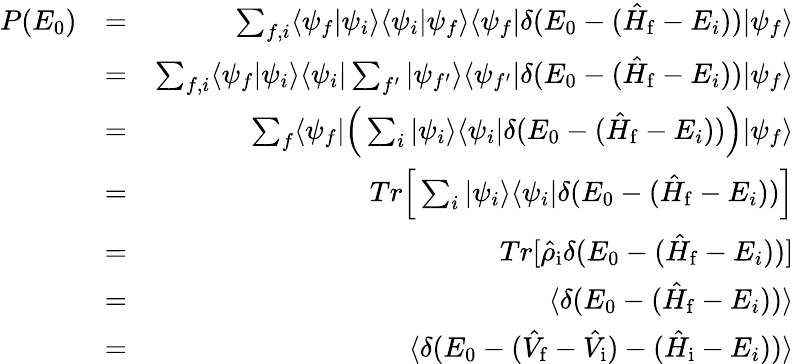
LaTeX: \begin{array}{rlr}{P(E_{0})}&{=}&{\sum_{f,i}\langle\psi_{f}|\psi_{i}\rangle\langle\psi_{i}|\psi_{f}\rangle\langle\psi_{f}|\delta(E_{0}-(\hat{H}_{\mathrm{f}}-E_{i}))|\psi_{f}\rangle}\\ &{=}&{\sum_{f,i}\langle\psi_{f}|\psi_{i}\rangle\langle\psi_{i}|\sum_{f^{\prime}}|\psi_{f^{\prime}}\rangle\langle\psi_{f^{\prime}}|\delta(E_{0}-(\hat{H}_{\mathrm{f}}-E_{i}))|\psi_{f}\rangle}\\ &{=}&{\sum_{f}\langle\psi_{f}|\Big(\sum_{i}|\psi_{i}\rangle\langle\psi_{i}|\delta(E_{0}-(\hat{H}_{\mathrm{f}}-E_{i}))\Big)|\psi_{f}\rangle}\\ &{=}&{Tr\Big[\sum_{i}|\psi_{i}\rangle\langle\psi_{i}|\delta(E_{0}-(\hat{H}_{\mathrm{f}}-E_{i}))\Big]}\\ &{=}&{Tr[\hat{\rho}_{\mathrm{i}}\delta(E_{0}-(\hat{H}_{\mathrm{f}}-E_{i}))]}\\ &{=}&{\langle\delta(E_{0}-(\hat{H}_{\mathrm{f}}-E_{i}))\rangle}\\ &{=}&{\langle\delta(E_{0}-(\hat{V}_{\mathrm{f}}-\hat{V}_{\mathrm{i}})-(\hat{H}_{\mathrm{i}}-E_{i}))\rangle}\end{array}